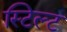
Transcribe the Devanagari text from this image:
स्टिल्ट